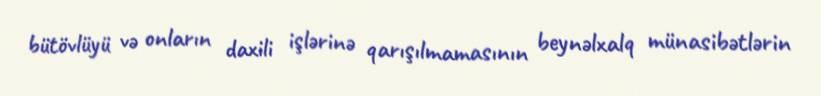
bütövlüyü və onların daxili işlərinə qarışılmamasının beynəlxalq münasibətlərin